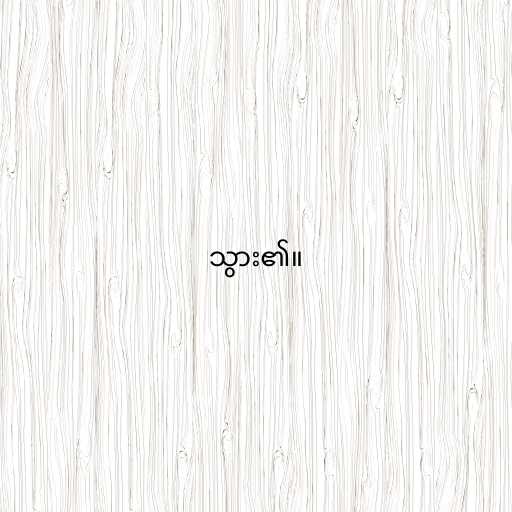
သွား၏။